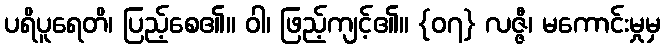
ပရိပူရေတိ၊ ပြည့်စေ၏။ ဝါ၊ ဖြည့်ကျင့်၏။ {၀၇} လဇ္ဇီ၊ မကောင်းမှုမှ